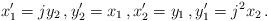
LaTeX: \begin{align*}x_1^\prime = j y_2 \, , y_2^\prime = x_1 \, , x_2^\prime = y_1 \, , y_1^\prime = j^2 x_2 \, . \end{align*}